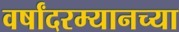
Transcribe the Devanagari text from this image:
वर्षांदरम्यानच्या